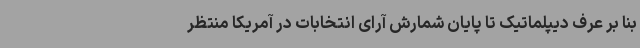
بنا بر عرف دیپلماتیک تا پایان شمارش آرای انتخابات در آمریکا منتظر